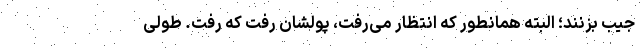
جیب بزنند؛ البته همانطور که انتظار می‌رفت، پولشان رفت که رفت. طولی